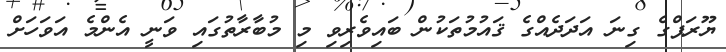
ޔޫރަޕްގެ ގިނަ އަދަދެއްގެ ޤައުމުތަކުން ބައިވެރިވި މި މުބާރާތުގައި ވަނީ އެންމެ އަވަހަށް